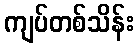
ကျပ်တစ်သိန်း